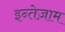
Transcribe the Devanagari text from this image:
इन्तेज़ाम